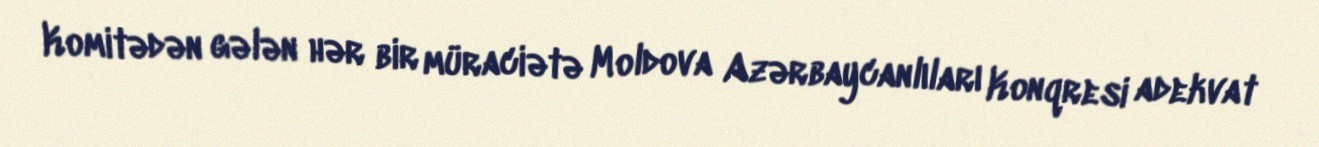
Komitədən gələn hər bir müraciətə Moldova Azərbaycanlıları Konqresi adekvat